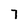
Character: 7